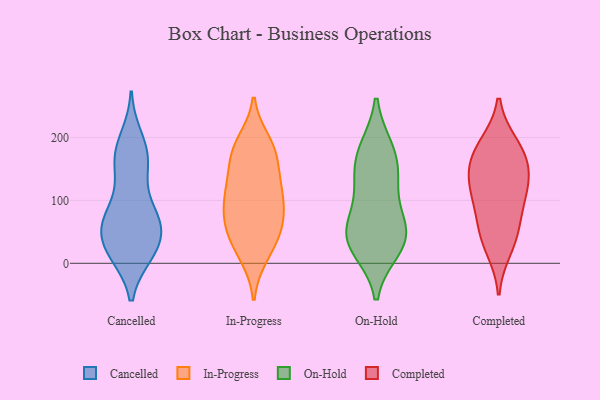
{"axis": {"x": "Humidity (%)", "y": "Value"}, "legend": ["Cancelled", "Completed", "In-Progress", "On-Hold"], "data": [{"x": "", "y": 18, "type": "Cancelled"}, {"x": "", "y": 134, "type": "Cancelled"}, {"x": "", "y": 156, "type": "Cancelled"}, {"x": "", "y": 198, "type": "Cancelled"}, {"x": "", "y": 170, "type": "Cancelled"}, {"x": "", "y": 16, "type": "Cancelled"}, {"x": "", "y": 67, "type": "Cancelled"}, {"x": "", "y": 67, "type": "Cancelled"}, {"x": "", "y": 21, "type": "Cancelled"}, {"x": "", "y": 79, "type": "Cancelled"}, {"x": "", "y": 183, "type": "Cancelled"}, {"x": "", "y": 72, "type": "Cancelled"}, {"x": "", "y": 51, "type": "Cancelled"}, {"x": "", "y": 19, "type": "Cancelled"}, {"x": "", "y": 60, "type": "Cancelled"}, {"x": "", "y": 164, "type": "Cancelled"}, {"x": "", "y": 72, "type": "Cancelled"}, {"x": "", "y": 22, "type": "Cancelled"}, {"x": "", "y": 161, "type": "In-Progress"}, {"x": "", "y": 113, "type": "In-Progress"}, {"x": "", "y": 13, "type": "In-Progress"}, {"x": "", "y": 194, "type": "In-Progress"}, {"x": "", "y": 106, "type": "In-Progress"}, {"x": "", "y": 64, "type": "In-Progress"}, {"x": "", "y": 189, "type": "In-Progress"}, {"x": "", "y": 43, "type": "In-Progress"}, {"x": "", "y": 84, "type": "In-Progress"}, {"x": "", "y": 47, "type": "In-Progress"}, {"x": "", "y": 182, "type": "In-Progress"}, {"x": "", "y": 147, "type": "In-Progress"}, {"x": "", "y": 51, "type": "In-Progress"}, {"x": "", "y": 11, "type": "In-Progress"}, {"x": "", "y": 95, "type": "In-Progress"}, {"x": "", "y": 173, "type": "In-Progress"}, {"x": "", "y": 110, "type": "In-Progress"}, {"x": "", "y": 127, "type": "In-Progress"}, {"x": "", "y": 66, "type": "In-Progress"}, {"x": "", "y": 181, "type": "On-Hold"}, {"x": "", "y": 181, "type": "On-Hold"}, {"x": "", "y": 61, "type": "On-Hold"}, {"x": "", "y": 152, "type": "On-Hold"}, {"x": "", "y": 23, "type": "On-Hold"}, {"x": "", "y": 48, "type": "On-Hold"}, {"x": "", "y": 52, "type": "On-Hold"}, {"x": "", "y": 23, "type": "On-Hold"}, {"x": "", "y": 133, "type": "On-Hold"}, {"x": "", "y": 116, "type": "On-Hold"}, {"x": "", "y": 48, "type": "On-Hold"}, {"x": "", "y": 24, "type": "Completed"}, {"x": "", "y": 185, "type": "Completed"}, {"x": "", "y": 111, "type": "Completed"}, {"x": "", "y": 140, "type": "Completed"}, {"x": "", "y": 155, "type": "Completed"}, {"x": "", "y": 161, "type": "Completed"}, {"x": "", "y": 49, "type": "Completed"}, {"x": "", "y": 96, "type": "Completed"}, {"x": "", "y": 115, "type": "Completed"}, {"x": "", "y": 188, "type": "Completed"}, {"x": "", "y": 53, "type": "Completed"}]}